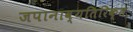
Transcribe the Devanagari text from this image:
जपानाव्यतिरिक्त